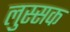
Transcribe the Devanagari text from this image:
लुस्सक